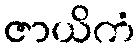
ဇာယိကံ